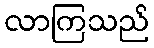
လာကြသည်